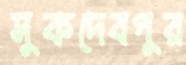
সুকদেবপুর